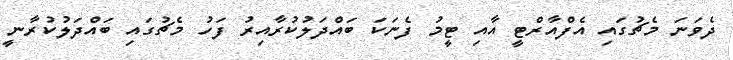
ދެވަނަ މެޗުގައި އެފްއާރްޓީ އާއި ޓީމު ފެނަކަ ބައްދަލުކުރާއިރު ފަހު މެޗުގައި ބައްދަލުކުރާނީ